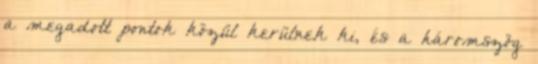
a megadott pontok közül kerülnek ki, és a háromszög